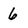
Character: 6